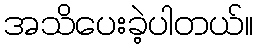
အသိပေးခဲ့ပါတယ်။